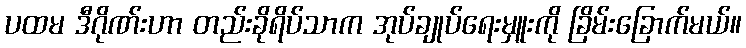
ပထမ ဒီဂိုဏ်းဟာ တည်းခိုရိပ်သာက အုပ်ချုပ်ရေးမှူးကို ခြိမ်းခြောက်မယ်။